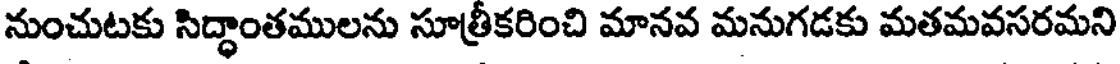
నుంచుటకు సిద్ధాంతములను సూత్రీకరించి మానవ మనుగడకు మతమవసరమని